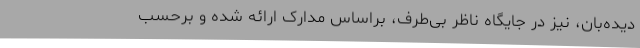
دیده‌بان، نیز در جایگاه ناظر بی‌طرف، براساس مدارک ارائه شده و برحسب